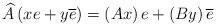
LaTeX: \begin{align*}\widehat{A}\left( xe+y\overline{e}\right) =\left( Ax\right) e+\left(By\right) \overline{e} \end{align*}